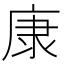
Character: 康